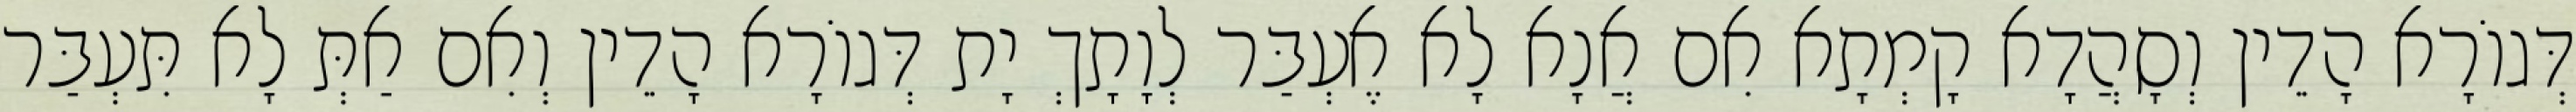
דְּגוֹרָא הָדֵין וְסָהֲדָא קָמְתָא אִם אֲנָא לָא אֶעְבַּר לְוָתָךְ יָת דְּגוֹרָא הָדֵין וְאִם אַתְּ לָא תִּעְבַּר